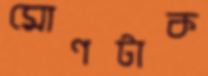
মোণটাক